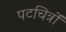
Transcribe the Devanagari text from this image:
पटचित्रों